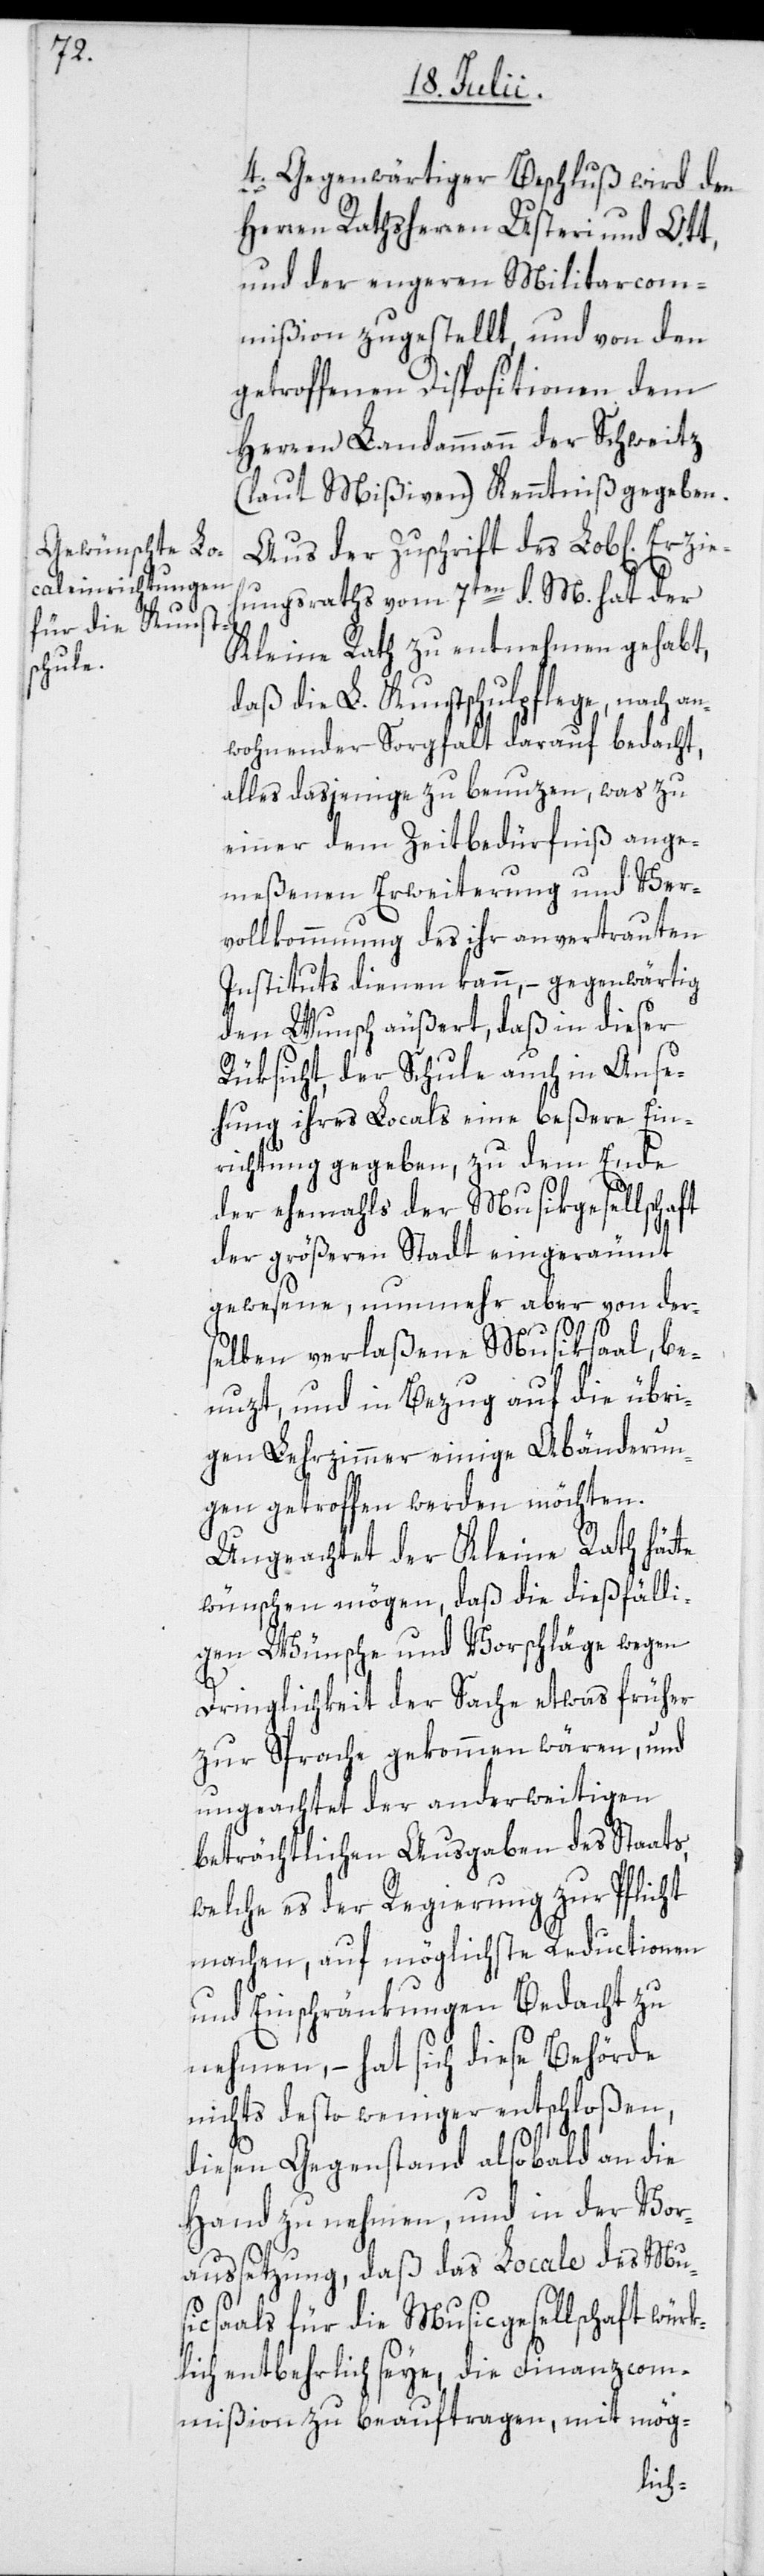
4. Gegenwärtiger Beschluß wird den
Herren Rathsherren Usteri und Ott,
und der engeren Militarcom¬
mißion zugestellt, und von den
getroffenen Dispositionen dem
Herren Landammann der Schweitz
(laut Mißiven) Kenntniß gegeben.
Aus der Zuschrift des Lob[lichen] Er¬
ungsraths vom 7ten d. M. hat der
Kleine Rath zu entnehmen gehabt,
daß die L. Kunstschulpflege, nach an¬
wohnender Sorgfalt darauf bedacht,
alles dasjenige zu benuzen, was zu
einer dem Zeitbedürfniß ange¬
meßenen Erweiterung und Ver¬
vollkommnung des ihr anvertrauten
Instituts dienen kann, – gegenwärtig
den Wunsch äußert, daß in dieser
Rüksicht, der Schule auch in Anse¬
hung ihres Locals eine beßere Ein¬
richtung gegeben, zu dem Ende
der ehemahls der Musikgesellschaft
der größeren Stadt eingeräumt
gewesene, nunmehr aber von der¬
selben verlaßene Musiksaal, be¬
nuzt, und in Bezug auf die übri¬
gen Lehrzimmer einige Abänderun¬
gen getroffen werden möchten.
Ungeachtet der Kleine Rath hätte
wünschen mögen, daß die dießfälli¬
gen Wünsche und Vorschläge wegen
Dringlichkeit der Sache etwas früher
zur Sprache gekommen wären, und
ungeachtet der anderweitigen
beträchtlichen Ausgaben des Staats,
welche es der Regierung zur Pflicht
machen, auf möglichste Reductionen
und Einschränkungen Bedacht zu
nehmen, – hat sich diese Behörde
nichts desto weniger entschloßen,
diesen Gegenstand alsobald an die
Hand zu nehmen, und in der Vor¬
aussetzung, daß das Locale des Mus¬
icsaals für die Musicgesellschaft würk¬
lich entbehrlich seye, die Finanzcom¬
mißion zu beauftragen, mit mög-
zieh¬